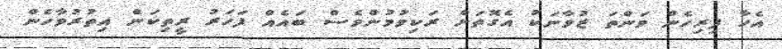
އެހާ ފިރިހެން ވަންތަ ޒުވާނަކު އެގޮތަށް ރަކިވުމުންވެސް ބައެއް ފަހަރު ރީތިކަން އިތުރުވާހެން